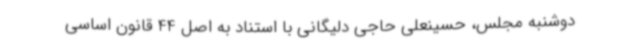
دوشنبه مجلس، حسینعلی حاجی دلیگانی با استناد به اصل 44 قانون اساسی